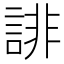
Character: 誹